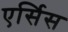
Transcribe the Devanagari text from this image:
एर्सिस